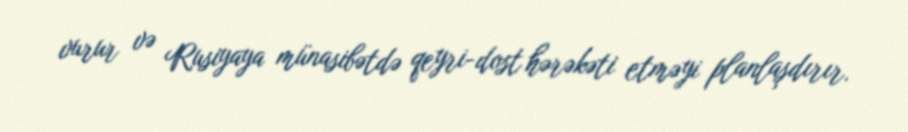
vurur və Rusiyaya münasibətdə qeyri-dost hərəkəti etməyi planlaşdırır.